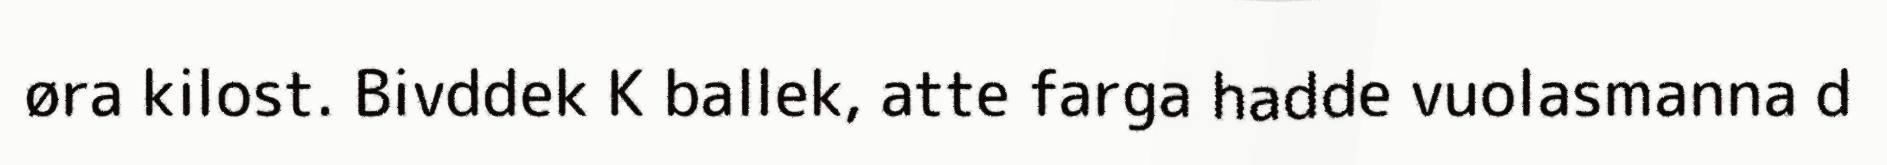
øra kilost. Bivddek K ballek, atte farga hadde vuolasmanna d